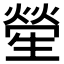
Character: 𤯵